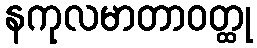
နကုလမာတာဝတ္ထု